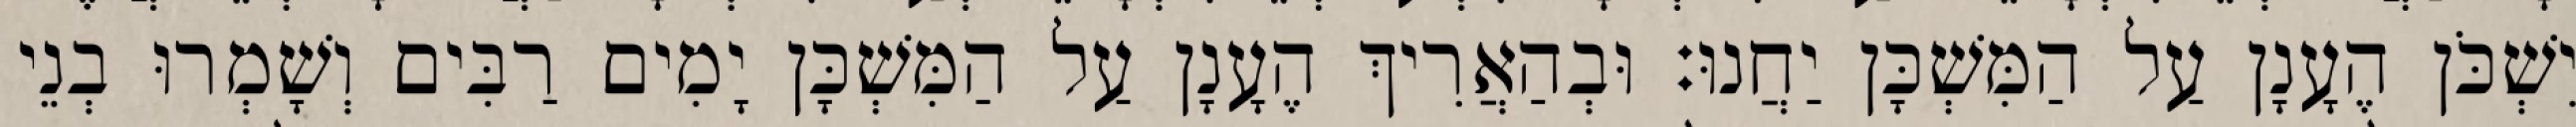
יִשְׁכֹּן הֶעָנָן עַל הַמִּשְׁכָּן יַחֲנוּ׃ וּבְהַאֲרִיךְ הֶעָנָן עַל הַמִּשְׁכָּן יָמִים רַבִּים וְשָׁמְרוּ בְנֵי